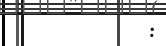
: